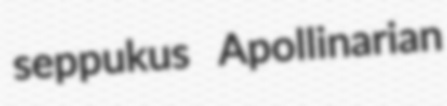
seppukus Apollinarian